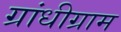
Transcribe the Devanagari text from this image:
ग्रांधीग्राम